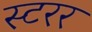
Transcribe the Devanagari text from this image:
स्टरर